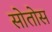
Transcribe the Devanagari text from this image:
सोतोस